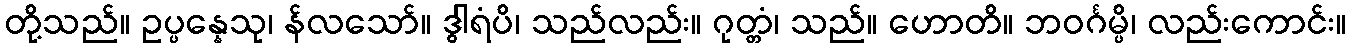
တို့သည်။ ဥပ္ပန္နေသု၊ န်လသော်။ ဒွါရံပိ၊ သည်လည်း။ ဂုတ္တံ၊ သည်။ ဟောတိ။ ဘဝင်္ဂမ္ပိ၊ လည်းကောင်း။